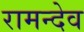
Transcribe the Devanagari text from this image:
रामन्देव